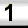
Digit: 1